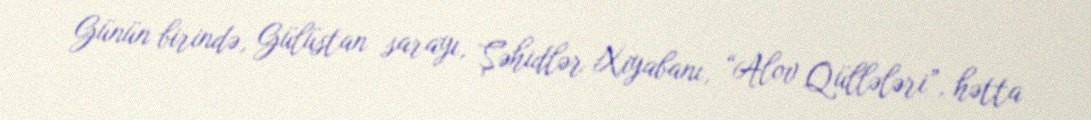
Günün birində, Gülüstan sarayı, Şəhidlər Xiyabanı, “Alov Qüllələri”, hətta